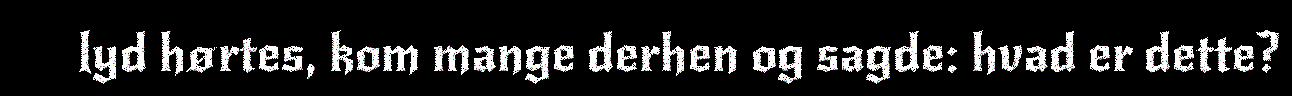
lyd hørtes, kom mange derhen og sagde: hvad er dette?